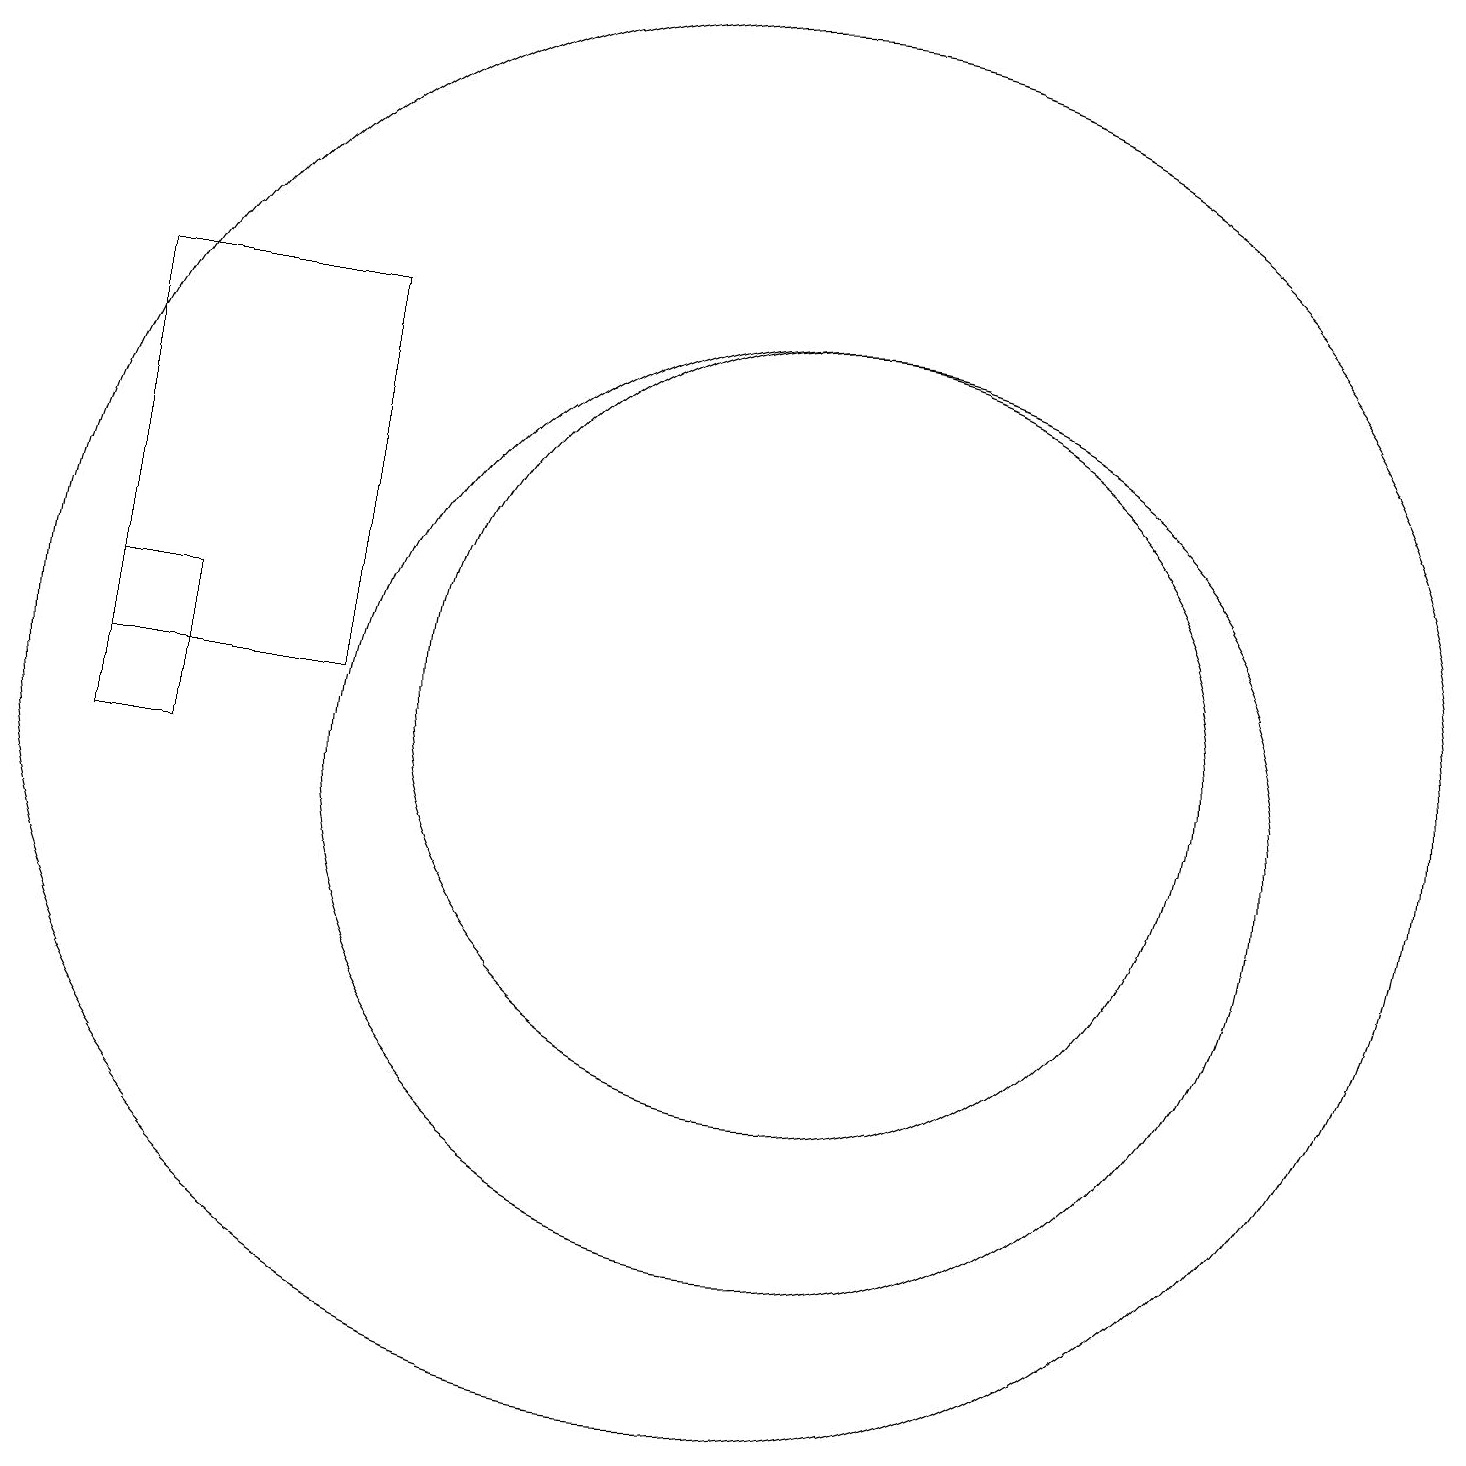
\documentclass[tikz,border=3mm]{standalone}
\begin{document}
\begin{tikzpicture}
\draw (11,11) circle (5);
\draw (10,11) circle (9);
\draw (2,16) rectangle (5,11);
\draw (11,10) circle (6);
\draw (2,10) rectangle (3,12);
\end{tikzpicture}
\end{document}